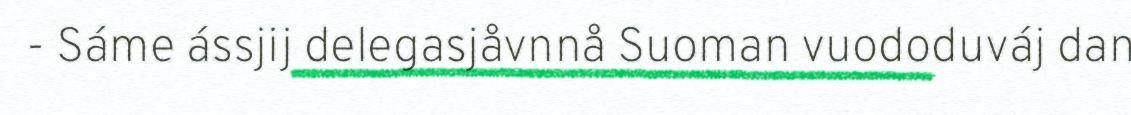
- Sáme ássjij delegasjåvnnå Suoman vuododuváj dan